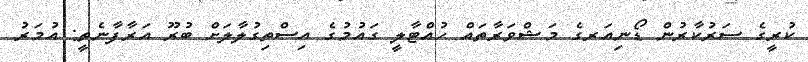
ކުރީގެ ސަރުކާރުން ޑޯނިއަރގެ މަޝްވަރާތައް ހުއްޓާލީ ގައުމުގެ އިސްތިގުލާލަށް ބުރޫ އަރާފާނެތީ: އުމަރު